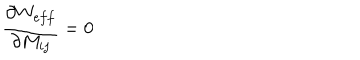
LaTeX: \frac { \partial W _ { e f f } } { \partial M _ { i j } } = 0